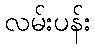
လမ်းပန်း